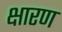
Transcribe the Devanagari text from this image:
क्षारण